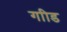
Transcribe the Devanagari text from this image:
गाीड